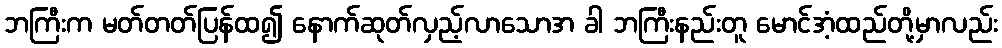
ဘကြီးက မတ်တတ်ပြန်ထ၍ နောက်ဆုတ်လှည့်လာသောအ ခါ ဘကြီးနည်းတူ မောင်အံ့ထည်တို့မှာလည်း